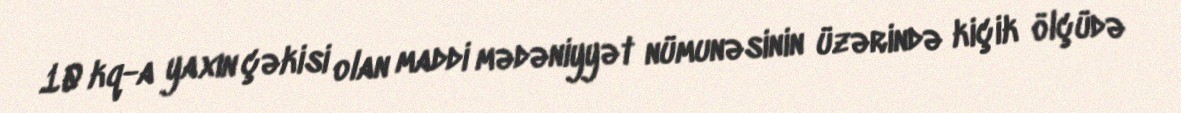
10 kq-a yaxın çəkisi olan maddi mədəniyyət nümunəsinin üzərində kiçik ölçüdə